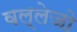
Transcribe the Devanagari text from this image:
वल्लेजो